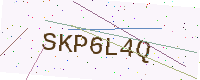
Text: SKP6L4Q